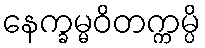
နေက္ခမ္မဝိတက္ကမ္ပိ